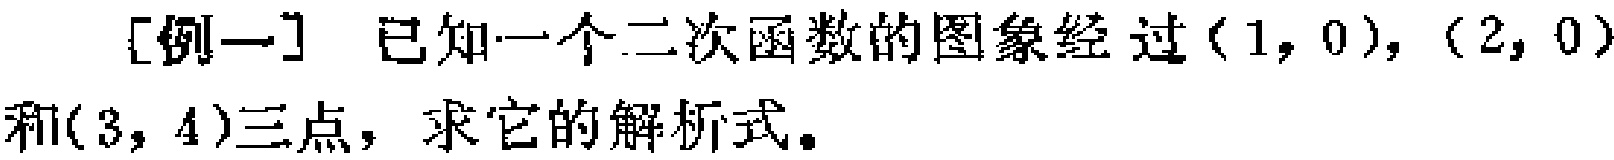
[例一] 已知一个二次函数的图象经过\((1,0)\)，\((2,0)\)和\((3,4)\)三点，求它的解析式。